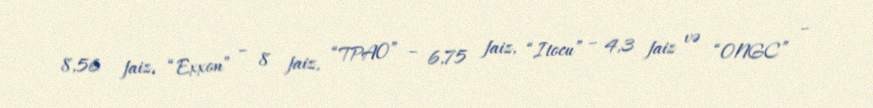
8,56 faiz, “Exxon” – 8 faiz, “TPAO” – 6,75 faiz, “Itocu” – 4,3 faiz və “ONGC” –